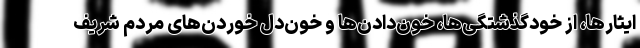
ایثارها، از خودگذشتگی‌ها، خون‌دادن‌ها و خون‌دل خوردن‌های مردم شریف